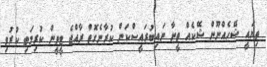
ތިޔައީ ޝޭހެއްނޫން ޝޭކެއް ތީނާ ނައިބުރައީސްކަން ކުރާނެގޮތް ރާއްޖެ ޓީވީން ކުރިމަތި ކުރުވި